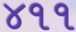
૪૧૧